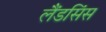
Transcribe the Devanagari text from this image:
लैंडसिंस